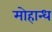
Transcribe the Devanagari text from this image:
मोहान्ध